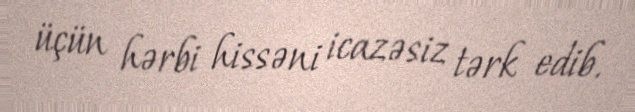
üçün hərbi hissəni icazəsiz tərk edib.